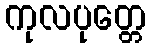
ကုလပုတ္တေ